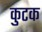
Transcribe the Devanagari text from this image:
कुटक